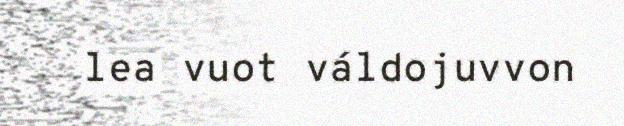
lea vuot váldojuvvon